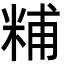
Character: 䊇